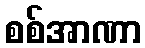
စစ်အာဏာ